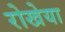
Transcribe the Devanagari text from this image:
रोखेया